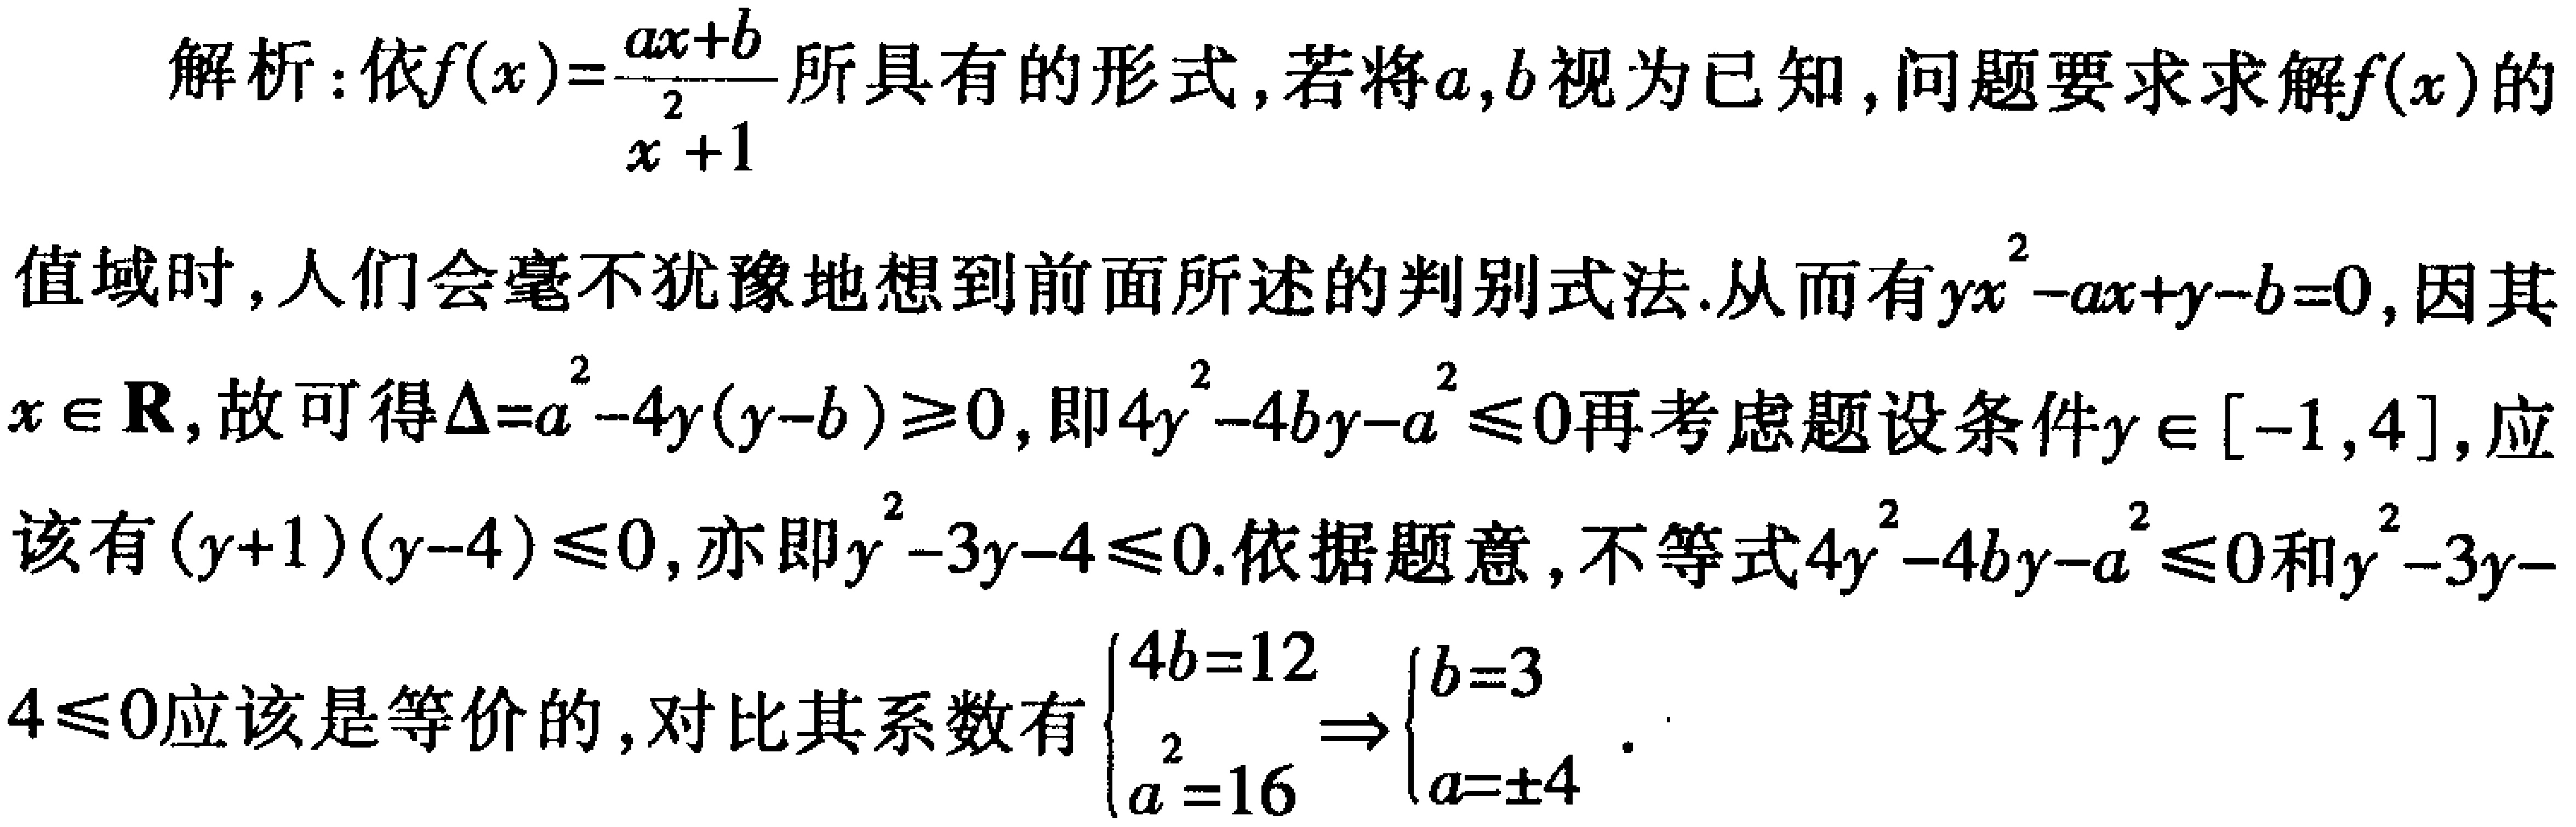
解析：依\(f(x)=\frac{ax + b}{x^{2}+1}\)所具有的形式，若将\(a,b\)视为已知，问题要求求解\(f(x)\)的值域时，人们会毫不犹豫地想到前面所述的判别式法.从而有\(yx^{2}-ax + y - b = 0\)，因其\(x\in\mathbf{R}\)，故可得\(\Delta = a^{2}-4y(y - b)\geq0\)，即\(4y^{2}-4by - a^{2}\leq0\)再考虑题设条件\(y\in[-1,4]\)，应该有\((y + 1)(y - 4)\leq0\)，亦即\(y^{2}-3y - 4\leq0\).依据题意，不等式\(4y^{2}-4by - a^{2}\leq0\)和\(y^{2}-3y - 4\leq0\)应该是等价的，对比其系数有\(\begin{cases}4b = 12\\a^{2}=16\end{cases}\Rightarrow\begin{cases}b = 3\\a=\pm4\end{cases}\).